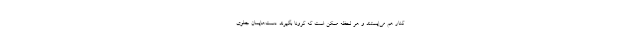
کنار هم می‌ایستند و هر لحظه ممکن است که کرونا بگیرند. دست‌هایمان جلوی